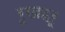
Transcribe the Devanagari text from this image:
रूखहरू